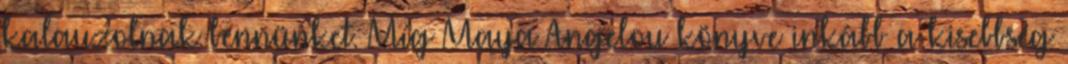
kalauzolnak bennünket. Míg Maya Angelou könyve inkább a kisebbség